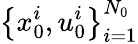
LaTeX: \left\{ x_{0}^{i},u_{0}^{i}\right\} _{i=1}^{N_{0}}